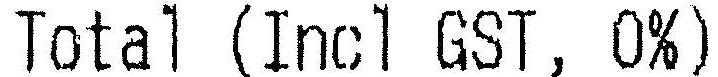
TOTAL (INCL GST, 0%)